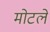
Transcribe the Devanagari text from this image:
मोटले